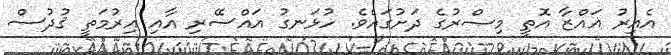
އެއިރު ޣައްޒާ އޮތީ މިޞްރުގެ ދަށުގައެވެ. ހުޅަނގު އައްސޭރި އާއި އިރުމަތީ ޤުދުސް